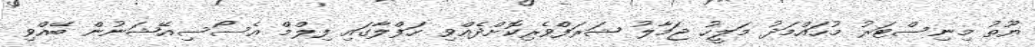
ޔޫތު މިނިސްޓަރު މުހައްމަދު މަލީހު ޖަމާލު ޝަރަފްވެރިކޮށްދެއްވި ހަފްލާގައި ފިލްމް އެސޯސިއޭޝަނުން ބޭއްވި